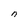
Character: n